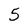
Character: 5